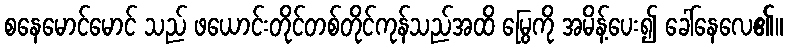
စနေမောင်မောင် သည် ဖယောင်းတိုင်တစ်တိုင်ကုန်သည်အထိ မြွေကို အမိန့်ပေး၍ ခေါ်နေလေ၏။